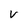
Character: v